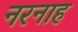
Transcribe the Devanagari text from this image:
नरनाह